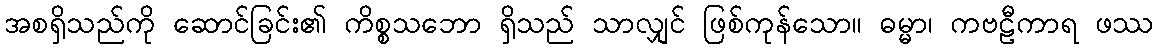
အစရှိသည်ကို ဆောင်ခြင်း၏ ကိစ္စသဘော ရှိသည် သာလျှင် ဖြစ်ကုန်သော။ ဓမ္မာ၊ ကဗဠီကာရ ဖဿ